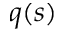
q ( s )